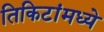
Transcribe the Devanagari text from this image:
तिकिटांमध्ये